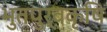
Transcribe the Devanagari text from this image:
भुतपुर्वकृषि